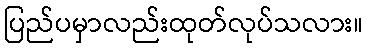
ပြည်ပမှာလည်းထုတ်လုပ်သလား။